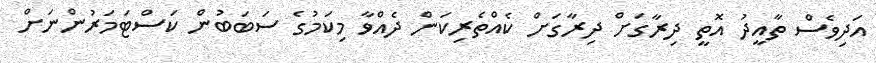
އަދިވެސް ތާއީދު އޮތީ ދިރާގަށް ދިރާގަށް ކެއްތެރިކަން ދެއްވާ މިކަމުގެ ސަބަބުން ކަސްޓަމަރުންނަށް